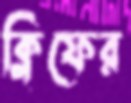
ক্লিফের